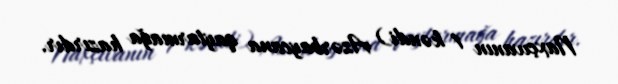
Naxçıvanın 1 kəndi) Azərbaycana qaytarmağa hazırdır.